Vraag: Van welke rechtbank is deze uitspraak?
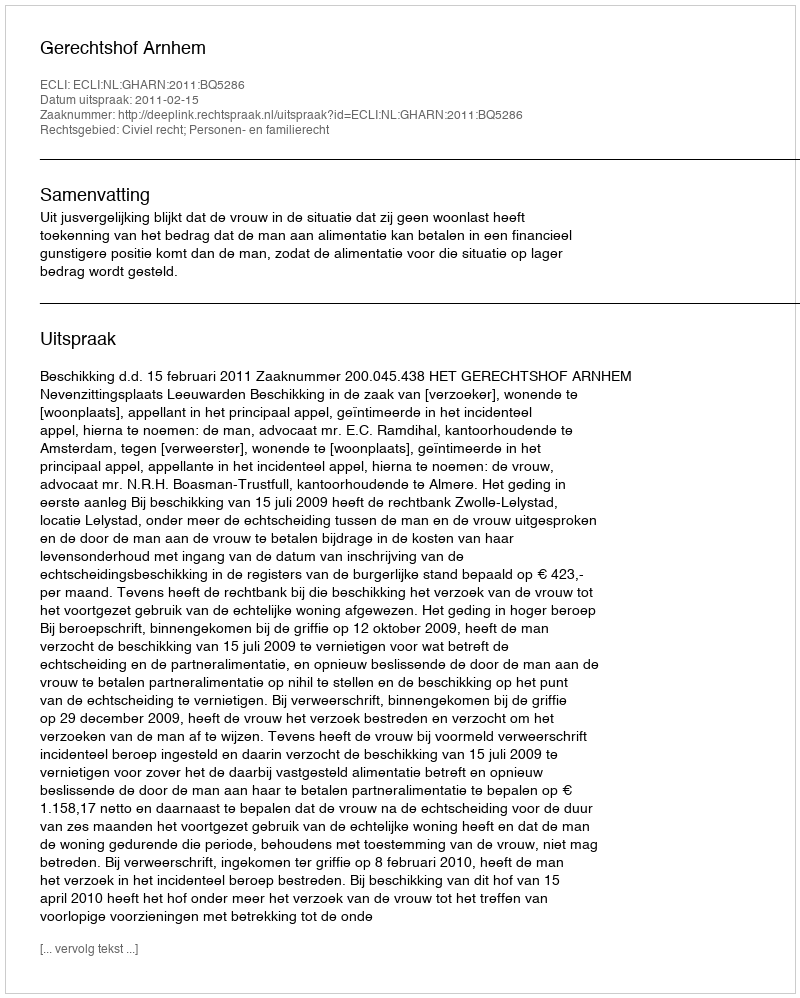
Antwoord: Gerechtshof Arnhem